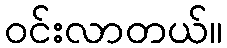
ဝင်းလာတယ်။